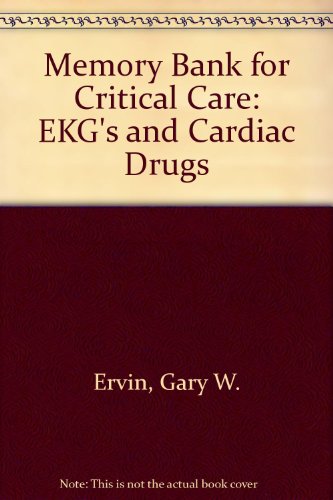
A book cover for Memory Bank for Critical Care: Ekgs and Cardiac Drugs; Gary W. Ervin; Medical Books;